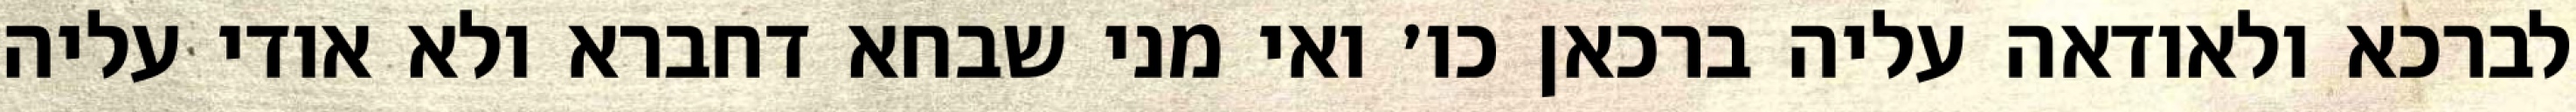
לברכא ולאודאה עליה ברכאן כו׳ ואי מני שבחא דחברא ולא אודי עליה